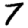
Digit: 7